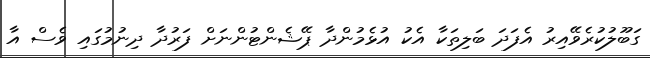
ގަބޫލުކުރެވޭއިރު އެފަދަ ބަލިތަކާ އެކު އުޅެމުންދާ ޕޭޝެންޓުންނަށް ފަރުދާ ދިނުމުގައި ވެސް އާ